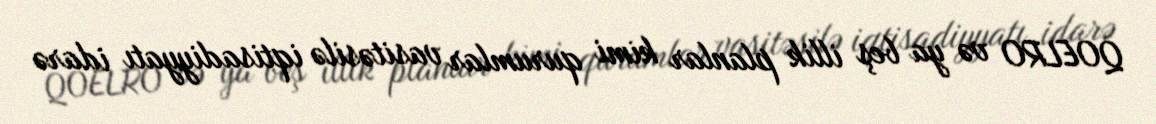
QOELRO və ya beş illik planlar kimi qurumlar vasitəsilə iqtisadiyyatı idarə